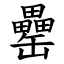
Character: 罍